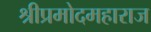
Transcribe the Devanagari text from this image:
श्रीप्रमोदमहाराज